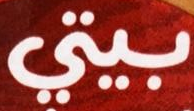
بيتي